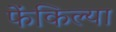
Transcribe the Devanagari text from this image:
फेंकिल्या